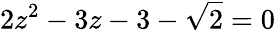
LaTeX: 2z^{2}-3z-3-\sqrt{2}=0